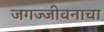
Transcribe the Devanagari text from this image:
जगज्जीवनाचा